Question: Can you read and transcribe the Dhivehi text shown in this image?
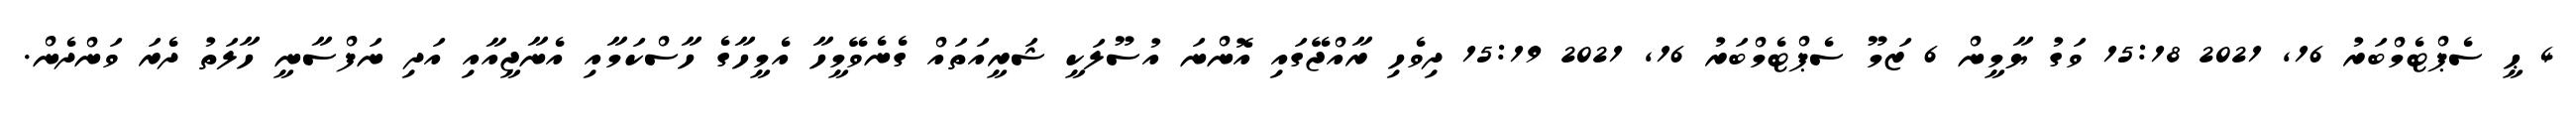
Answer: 4 ޙީ ސެޕްޓެމްބަރު 16, 2021 15:18 ވަގު ޔާމީން 6 ޒަމޫ ސެޕްޓެމްބަރު 16, 2021 15:19 ދިވެހި ރާއްޖޭގައި އޮންނަ އުސޫލަކީ ޝަރީއަތައް ގެނެވޭމީހާ އެމީހާގެ ހާސްކަމާއި އެނާޖީއާއި އަދި ނަފްސާނީ ހާލަތު ދެރަ ވަންދެން.